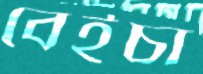
বেইচা